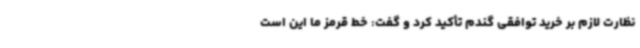
نظارت لازم بر خرید توافقی گندم تأکید کرد و گفت: خط قرمز ما این است